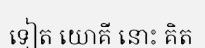
ទៀត យោគី នោះ គិត